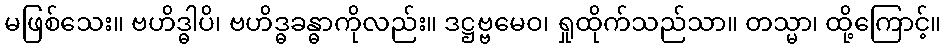
မဖြစ်သေး။ ဗဟိဒ္ဓါပိ၊ ဗဟိဒ္ဓခန္ဓာကိုလည်း။ ဒဋ္ဌဗ္ဗမေဝ၊ ရှုထိုက်သည်သာ။ တသ္မာ၊ ထို့ကြောင့်။